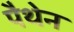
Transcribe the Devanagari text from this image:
पैथेन